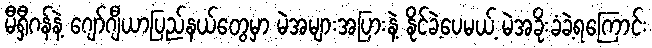
မီရှီဂန်နဲ့ ဂျော်ဂျီယာပြည်နယ်တွေမှာ မဲအများအပြားနဲ့ နိုင်ခဲ့ပေမယ့် မဲအခိုးခံခဲ့ရကြောင်း